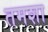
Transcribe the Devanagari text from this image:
तमशा